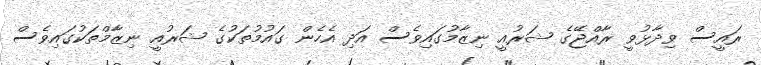
ރައީސް ވިދާޅުވީ ރާއްޖޭގެ ޝަރުއީ ނިޒާމުގައިވެސް އަދި އެހެން ގައުމުތަކުގެ ޝަރުއީ ނިޒާމްތަކުގައިވެސް